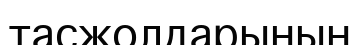
тасжолдарының